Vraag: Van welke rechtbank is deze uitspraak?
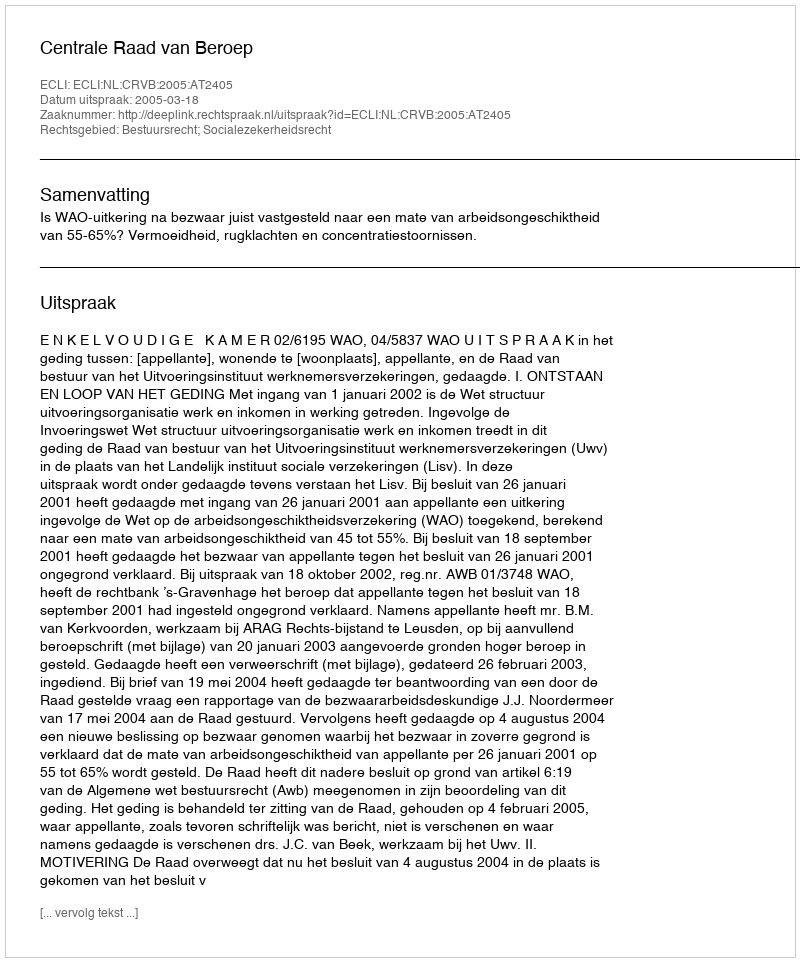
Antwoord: Centrale Raad van Beroep